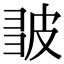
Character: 𭽪